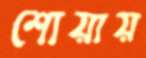
শোয়ায়